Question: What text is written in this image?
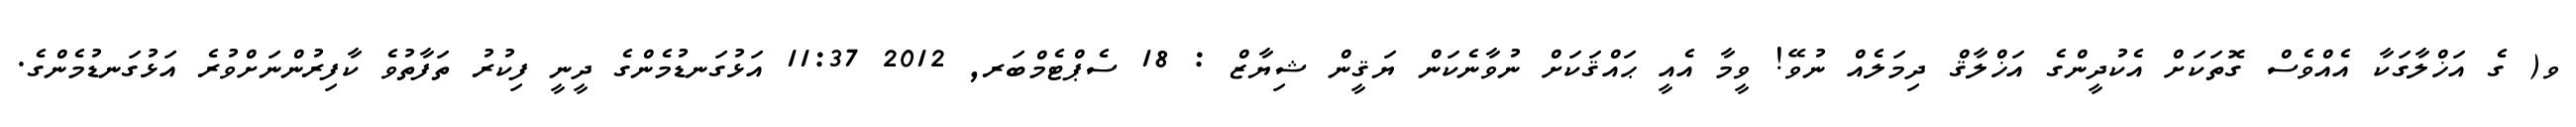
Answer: ވ( ގެ އަޚްލާގަކާ އެއްވެސް ގޮތަކަށް އެކުދީންގެ އަޚްލާޤް ދިމަލެއް ނުވޭ! ވީމާ އެއީ ޙައްޤަކަށް ނުވާނެކަން ޔަޤީން ޝިޔާޒް : 18 ސެޕްޓެމްބަރ, 2012 11:37 އަޅުގަނޑުމެންގެ ދީނީ ފިކުރު ތަފާތުވެ ކާފިރުންނަށްވުރެ އަޅުގަނޑުމެންގެ.